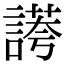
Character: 𧪮